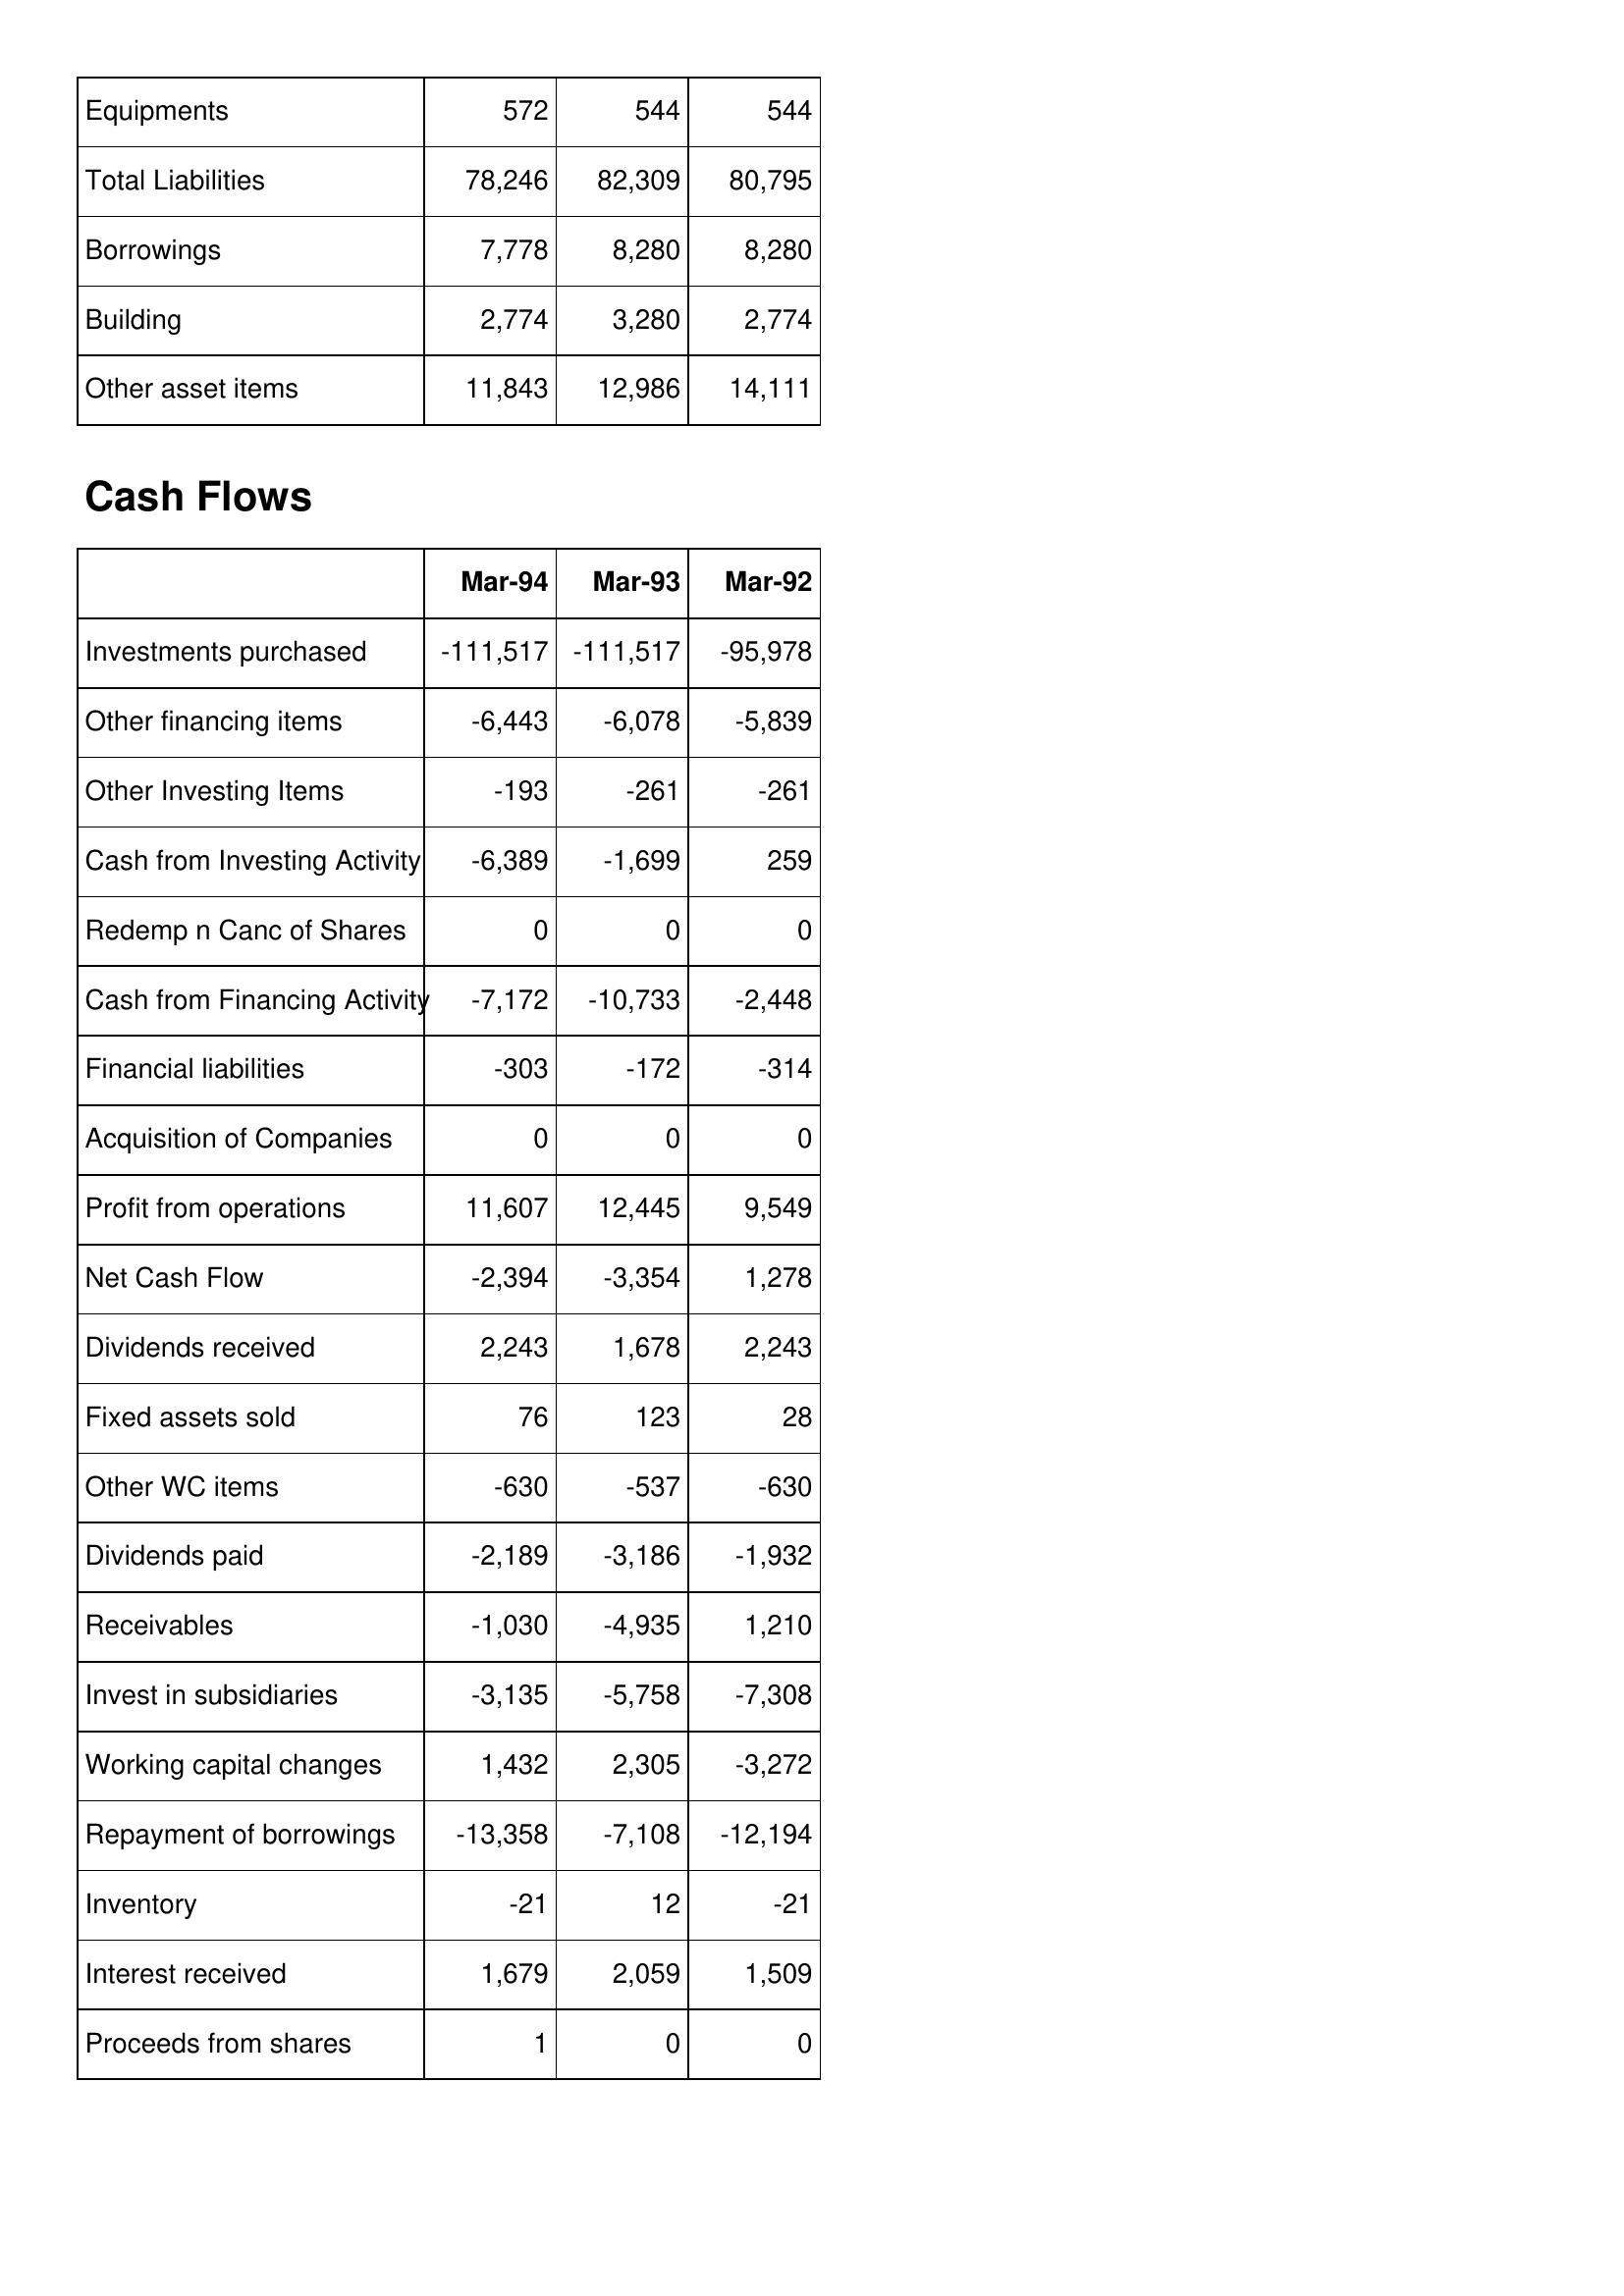
Mar-94: Balance Sheet: Equipments: 572
Total Liabilities: 78,246
Borrowings: 7,778
Building: 2,774
Other asset items: 11,843
Cash Flows: Investments purchased: -111,517
Other financing items: -6,443
Other Investing Items: -193
Cash from Investing Activity: -6,389
Redemp n Canc of Shares: 0
Cash from Financing Activity: -7,172
Financial liabilities: -303
Acquisition of Companies: 0
Profit from operations: 11,607
Net Cash Flow: -2,394
Dividends received: 2,243
Fixed assets sold: 76
Other WC items: -630
Dividends paid: -2,189
Receivables: -1,030
Invest in subsidiaries: -3,135
Working capital changes: 1,432
Repayment of borrowings: -13,358
Inventory: -21
Interest received: 1,679
Proceeds from shares: 1
Mar-93: Balance Sheet: Equipments: 544
Total Liabilities: 82,309
Borrowings: 8,280
Building: 3,280
Other asset items: 12,986
Cash Flows: Investments purchased: -111,517
Other financing items: -6,078
Other Investing Items: -261
Cash from Investing Activity: -1,699
Redemp n Canc of Shares: 0
Cash from Financing Activity: -10,733
Financial liabilities: -172
Acquisition of Companies: 0
Profit from operations: 12,445
Net Cash Flow: -3,354
Dividends received: 1,678
Fixed assets sold: 123
Other WC items: -537
Dividends paid: -3,186
Receivables: -4,935
Invest in subsidiaries: -5,758
Working capital changes: 2,305
Repayment of borrowings: -7,108
Inventory: 12
Interest received: 2,059
Proceeds from shares: 0
Mar-92: Balance Sheet: Equipments: 544
Total Liabilities: 80,795
Borrowings: 8,280
Building: 2,774
Other asset items: 14,111
Cash Flows: Investments purchased: -95,978
Other financing items: -5,839
Other Investing Items: -261
Cash from Investing Activity: 259
Redemp n Canc of Shares: 0
Cash from Financing Activity: -2,448
Financial liabilities: -314
Acquisition of Companies: 0
Profit from operations: 9,549
Net Cash Flow: 1,278
Dividends received: 2,243
Fixed assets sold: 28
Other WC items: -630
Dividends paid: -1,932
Receivables: 1,210
Invest in subsidiaries: -7,308
Working capital changes: -3,272
Repayment of borrowings: -12,194
Inventory: -21
Interest received: 1,509
Proceeds from shares: 0